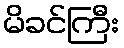
မိခင်ကြီး